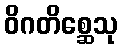
ဝိဂတိစ္ဆေသု